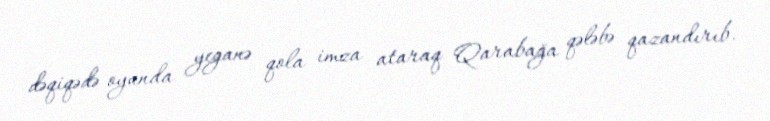
dəqiqədə oyunda yeganə qola imza ataraq Qarabağa qələbə qazandırıb.